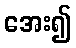
အေး၍